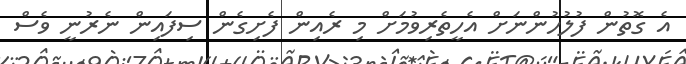
އެ ގޮތުން ފުލުހުންނަށް އެހީތެރިވުމަށް މި ރެއިން ފެށިގެން ސިފައިން ނެރުނީ ވެސް